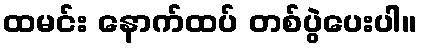
ထမင်း နောက်ထပ် တစ်ပွဲပေးပါ။